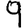
Digit: 9